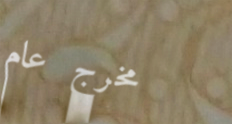
مخرج عام